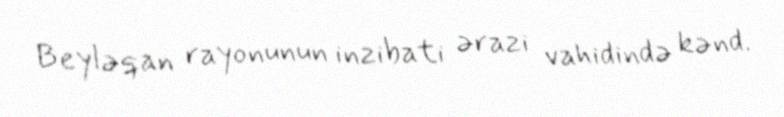
Beyləqan rayonunun inzibati ərazi vahidində kənd.